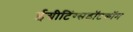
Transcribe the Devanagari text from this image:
ईग्रीटिंग्सडॉटकॉम